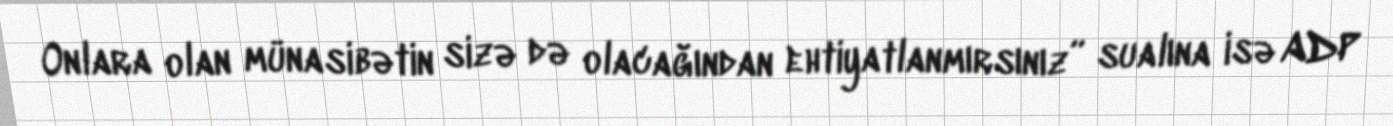
Onlara olan münasibətin sizə də olacağından ehtiyatlanmırsınız” sualına isə ADP